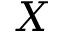
X